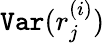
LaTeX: \texttt{Var}(r_{j}^{(i)})